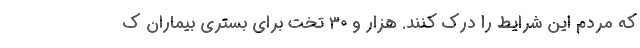
که مردم این شرایط را درک کنند. هزار و ۳۰ تخت برای بستری بیماران ک